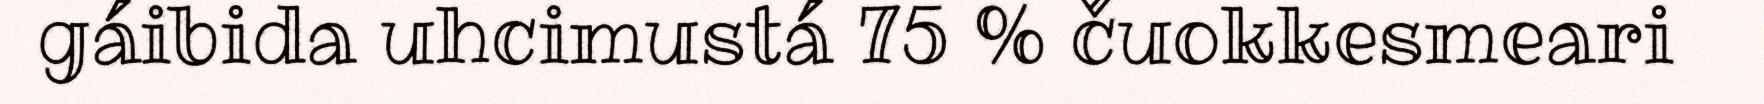
gáibida uhcimustá 75 % čuokkesmeari